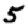
Digit: 5